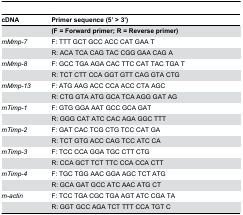
| cDNA | Primer sequence (5’ > 3’) |
 | --- | --- |
 |  | (F = Forward primer; R = Reverse primer) |
 | mMmp-7 | F: TTT GCT GCC ACC CAT GAA T |
 |  | R: ACA TCA CAG TAC CGG GAA CAG A |
 | mMmp-8 | F: GCC TGA AGA CAC TTC CAT TAC TGA T |
 |  | R: TCT CTT CCA GGT GTT CAG GTA CTG |
 | mMmp-13 | F: ATG AAG ACC CCA ACC CTA AGC |
 |  | R: CTG GTA ATG GCA TCA AGG GAT AG |
 | mTimp-1 | F: GTG GGA AAT GCC GCA GAT |
 |  | R: GGG CAT ATC CAC AGA GGC TTT |
 | mTimp-2 | F: GAT CAC TCG CTG TCC CAT GA |
 |  | R: TCT GTG ACC CAG TCC ATC CA |
 | mTimp-3 | F: TCC CCA GGA TGC CTT CTG |
 |  | R: CCA GCT TCT TTC CCA CCA CTT |
 | mTimp-4 | F: TGC TGG AAC GGA AGC TCT ATG |
 |  | R: GCA GAT GCC ATC AAC ATG CT |
 | m-actin | F: TCC TGA CGC TGA AGT ATC CGA TA |
 |  | R: GGT GCC AGA TCT TTT CCA TGT C |